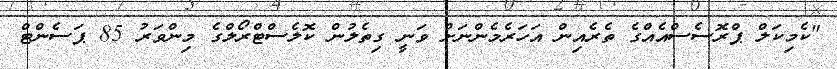
"ކެމިކަލް ޕްރޮސެސްއެއްގެ ތެރެއިން އަހަރެމެންނަށް ވަނީ ގިތެލުން ކޮލެސްޓްރޯލްގެ މިންވަރު 85 ޕަސެންޓް